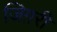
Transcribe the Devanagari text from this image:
जिग़री